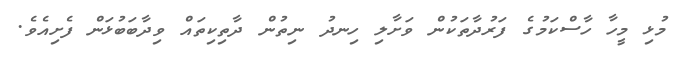
މުޅި މީހާ ހާސްކަމުގެ ފަރުދާތަކުން ވަށާލި ހިނދު ނިތުން ދާތިކިތައް ވިދާބަބުޅަން ފެށިއެވެ.